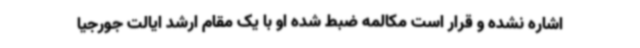
اشاره نشده و قرار است مکالمه ضبط شده او با یک مقام ارشد ایالت جورجیا